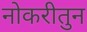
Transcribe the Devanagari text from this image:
नोकरीतुन